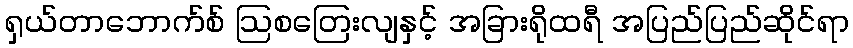
ရှယ်တာဘောက်စ် ဩစတြေးလျနှင့် အခြားရိုထရီ အပြည်ပြည်ဆိုင်ရာ